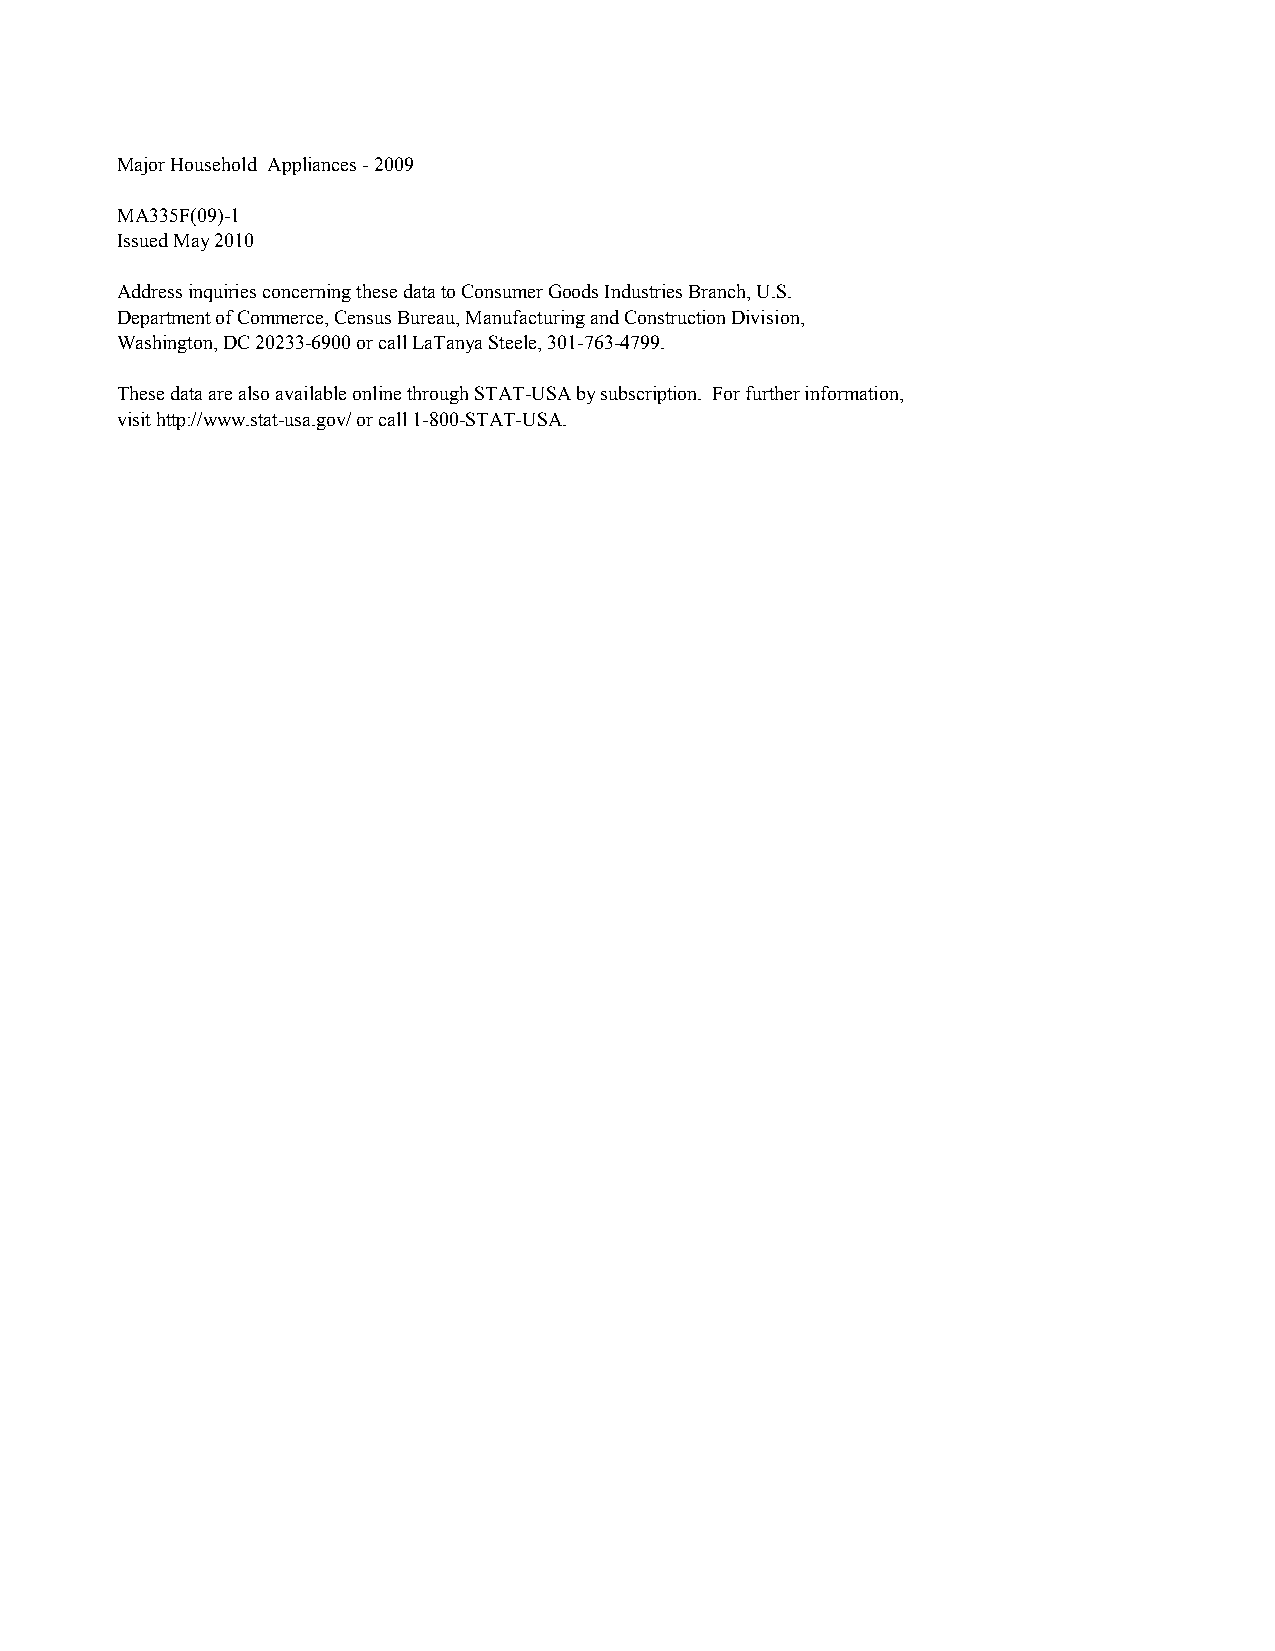
Major Household Appliances - 2009
 MA335F(09)-1
 Issued May 2010
 Address inquiries concerning these data to Consumer Goods Industries Branch, U.S.
 Department of Commerce, Census Bureau, Manufacturing and Construction Division,
 Washington, DC 20233-6900 or call LaTanya Steele, 301-763-4799.
 These data are also available online through STAT-USA by subscription. For further information,
 visit http://www.stat-usa.gov/ or call 1-800-STAT-USA.